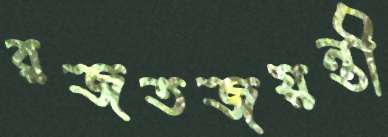
রজতজয়ন্তী